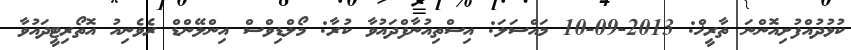
ކުޅުދުއްފުށިއޮންނަ ތާރީޚް: 2013-09-10 މައްސަލަ: އިސްތިއުނާފްދައުވާ ކުރާ: މޯލްޑިވްސް އިންލޭންޑް ރެވެނިއު އޮތޯރިޓީދައުވާ